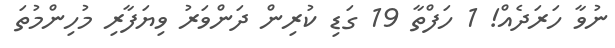
ނުވާ ހަރަދެއް! 1 ހަފްތާ 19 ގަޑި ކުރިން ދަންވަރު ވިޔަފާރި މުހިންމުތަ